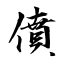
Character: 僨